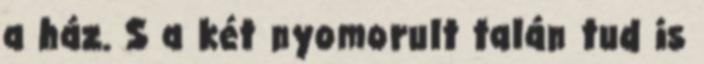
a ház. S a két nyomorult talán tud is